Vaccination in Bombay 1869-1873 - 1869-1873
Year: 1869
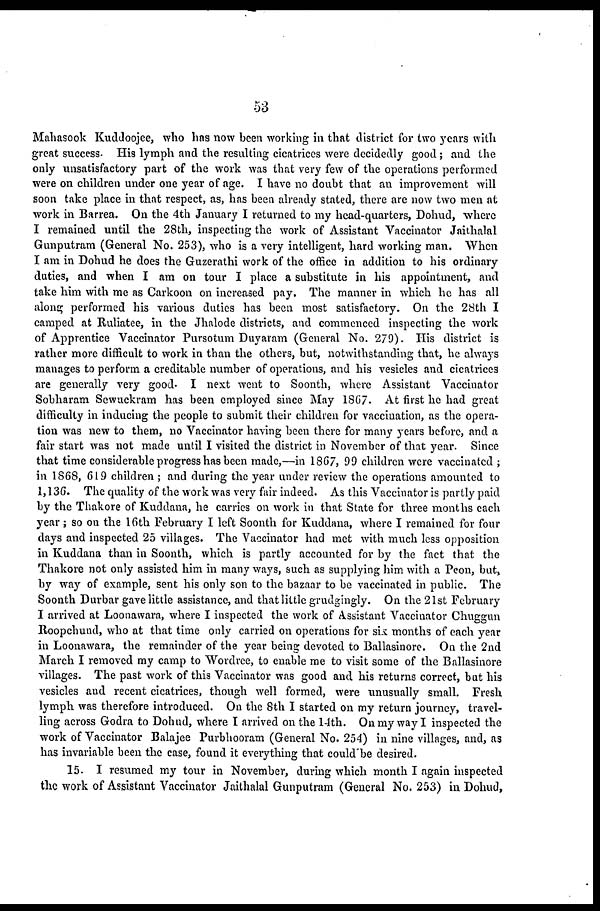
53
Mahasook Kuddoojee, who has now been working in that district for two years with
great success. His lymph and the resulting cicatrices were decidedly good; and the
only unsatisfactory part of the work was that very few of the operations performed
were on children under one year of age. I have no doubt that an improvement will
soon take place in that respect, as, has been already stated, there are now two men at
work in Barrea. On the 4th January I returned to my head-quarters, Dohud, where
I remained until the 28th, inspecting the work of Assistant Vaccinator Jaithalal
Gunputram (General No. 253), who is a very intelligent, hard working man. When
I am in Dohud he does the Guzerathi work of the office in addition to his ordinary
duties, and when I am on tour I place a substitute in his appointment, and
take him with me as Carkoon on increased pay. The manner in which he has all
along performed his various duties has been most satisfactory. On the 28th I
camped at Ruliatee, in the Jhalode districts, and commenced inspecting the work
of Apprentice Vaccinator Pursotum Duyaram (General No. 279). His district is
rather more difficult to work in than the others, but, notwithstanding that, he always
manages to perform a creditable number of operations, and his vesicles and cicatrices
are generally very good. I next went to Soonth, where Assistant Vaccinator
Sobharam Sewuckram has been employed since May 1867. At first he had great
difficulty in inducing the people to submit their children for vaccination, as the opera-
tion was new to them, no Vaccinator having been there for many years before, and a
fair start was not made until I visited the district in November of that year. Since
that time considerable progress has been made,—in 1867, 99 children were vaccinated ;
in 1868, 619 children; and during the year under review the operations amounted to
1,136. The quality of the work was very fair indeed. As this Vaccinator is partly paid
by the Thakore of Kuddana, he carries on work in that State for three months each
year; so on the 16th February I left Soonth for Kuddana, where I remained for four
days and inspected 25 villages. The Vaccinator had met with much less opposition
in Kuddana than in Soonth, which is partly accounted for by the fact that the
Thakore not only assisted him in many ways, such as supplying him with a Peon, but,
by way of example, sent his only son to the bazaar to be vaccinated in public. The
Soonth Durbar gave little assistance, and that little grudgingly. On the 21st February
I arrived at Loonawara, where I inspected the work of Assistant Vaccinator Chuggun
Roopchund, who at that time only carried on operations for six. months of each year
in Loonawara, the remainder of the year being devoted to Ballasinore. On the 2nd
March I removed my camp to Wordrce, to enable me to visit some of the Ballasinore
villages. The past work of this Vaccinator was good and his returns correct, but his
vesicles and recent cicatrices, though well formed, were unusually small. Fresh
lymph was therefore introduced. On the 8th I started on my return journey, travel-
ling across Godra to Dohud, where I arrived on the 14th. On my way I inspected the
work of Vaccinator Balajee Purbhooram (General No. 254) in nine villages, and, as
has invariable been the case, found it everything that could'be desired.
15. I resumed my tour in November, during which month I again inspected
the work of Assistant Vaccinator Jaithalal Gunputram (General No. 253) in Dohud,